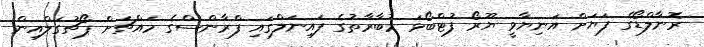
ރޮނާލްޑޯގެ ފަޔަށް އަނިޔާވީ ޔޫރޯ ފުޓްބޯޅަ މުބާރާތުގެ ފައިނަލްގައި ފްރާންސްގެ މައްޗަށް ޕޯޗުގަލްއިން